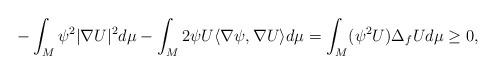
LaTeX: \begin{align*} -\int_{M} \psi^2 |\nabla U|^2 d\mu - \int_{M} 2\psi U \langle \nabla \psi, \nabla U\rangle d\mu=\int_{M} (\psi^2 U) \Delta_{f} U d\mu \geq 0, \end{align*}